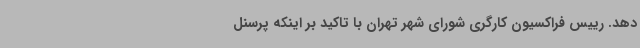
دهد. رییس فراکسیون کارگری شورای شهر تهران با تاکید بر اینکه پرسنل